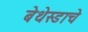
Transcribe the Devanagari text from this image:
बेथेस्डाचे